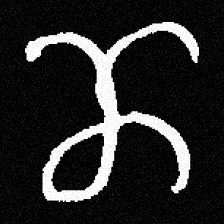
Pyu character \u2014 Myanmar letter: ဏ (romanized: nna)